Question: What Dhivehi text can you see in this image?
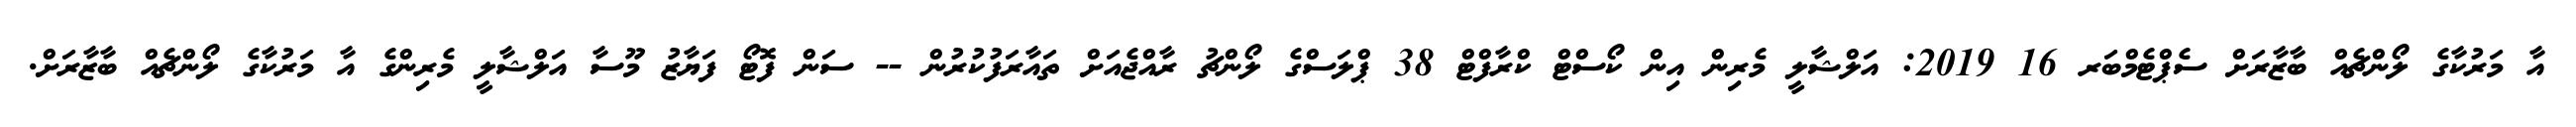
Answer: އާ މަރުކާގެ ލޯންޗެއް ބާޒާރަށް ސެޕްޓެމްބަރ 16 2019: އަލްޝާލީ މެރިން އިން ކޯސްޓް ކްރާފްޓް 38 ޕްލަސްގެ ލޯންޗު ރާއްޖެއަށް ތައާރަފުކުރުން -- ސަން ފޮޓޯ ފަޔާޒު މޫސާ އަލްޝާލީ މެރިންގެ އާ މަރުކާގެ ލޯންޗެއް ބާޒާރަށް.